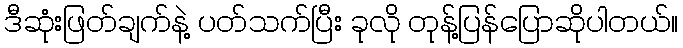
ဒီဆုံးဖြတ်ချက်နဲ့ ပတ်သက်ပြီး ခုလို တုန့်ပြန်ပြောဆိုပါတယ်။